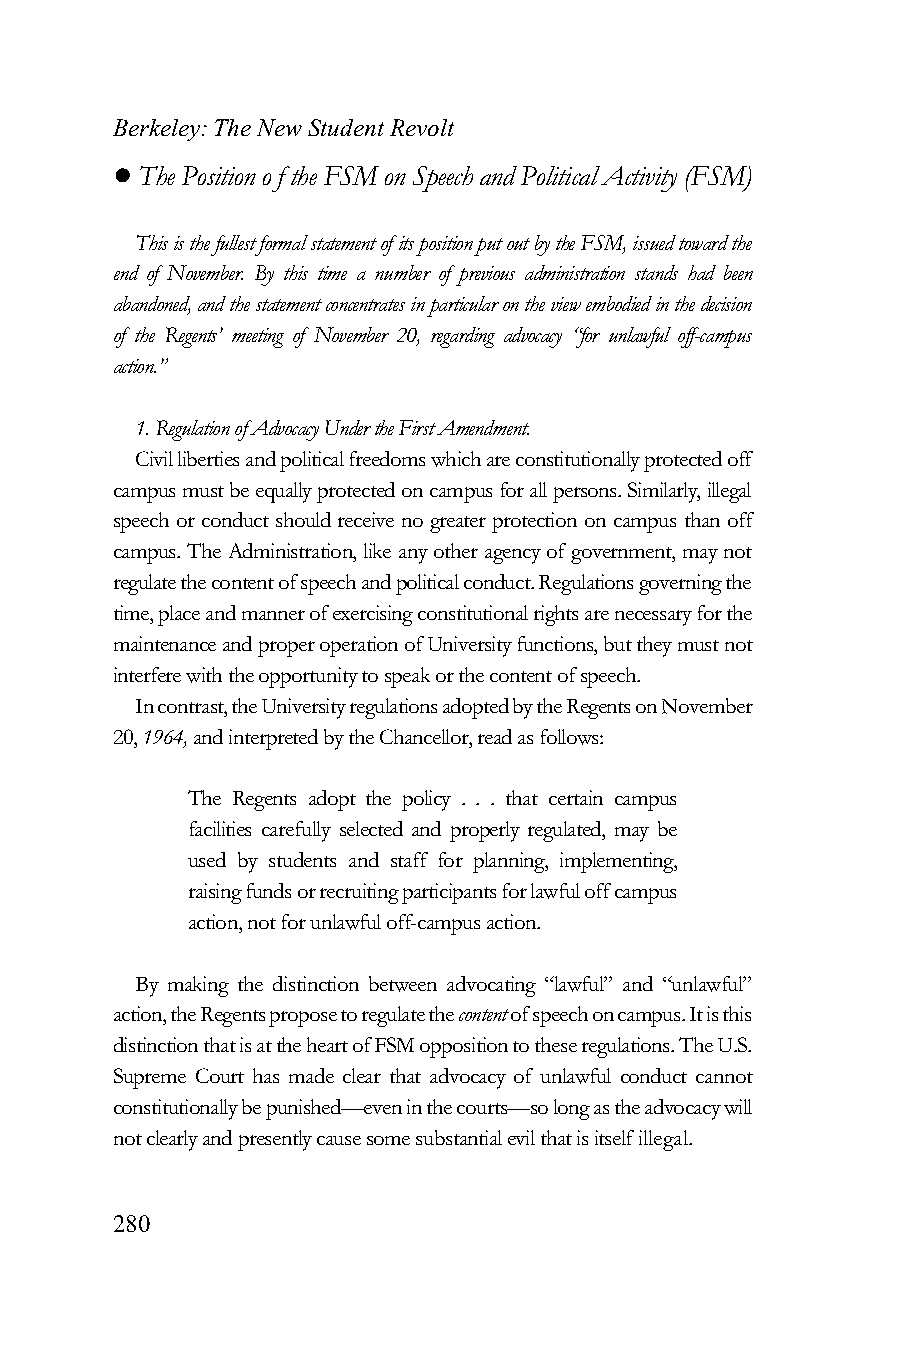
Berkeley: The New Student Revolt
 ! The Position o f the FSM on Speech and Political Activity (FSM)
 This is the fullest formal statement of its position put out by the FSM, issued toward the
 end of November. By this time a number of previous administration stands had been
 abandoned, and the statement concentrates in particular on the view embodied in the decision
 of the Regents’ meeting of November 20, regarding advocacy “for unlawful off-campus
 action.”
 1. Regulation of Advocacy Under the First Amendment.
 Civil liberties and political freedoms which are constitutionally protected off
 campus must be equally protected on campus for all persons. Similarly, illegal
 speech or conduct should receive no greater protection on campus than off
 campus. The Administration, like any other agency of government, may not
 regulate the content of speech and political conduct. Regulations governing the
 time, place and manner of exercising constitutional rights are necessary for the
 maintenance and proper operation of University functions, but they must not
 interfere with the opportunity to speak or the content of speech.
 In contrast, the University regulations adopted by the Regents on November
 20, 1964, and interpreted by the Chancellor, read as follows:
 The Regents adopt the policy . . . that certain campus
 facilities carefully selected and properly regulated, may be
 used by students and staff for planning, implementing,
 raising funds or recruiting participants for lawful off campus
 action, not for unlawful off-campus action.
 By making the distinction between advocating “lawful” and “unlawful”
 action, the Regents propose to regulate the content of speech on campus. It is this
 distinction that is at the heart of FSM opposition to these regulations. The U.S.
 Supreme Court has made clear that advocacy of unlawful conduct cannot
 constitutionally be punished—even in the courts—so long as the advocacy will
 not clearly and presently cause some substantial evil that is itself illegal.
 280